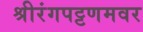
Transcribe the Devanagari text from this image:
श्रीरंगपट्टणमवर